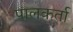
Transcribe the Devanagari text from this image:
पालकर्ता